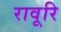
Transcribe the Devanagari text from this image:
रावूरि